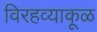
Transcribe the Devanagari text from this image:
विरहव्याकूळ